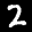
Label: 2